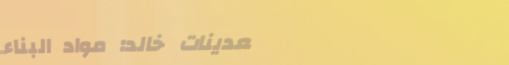
تعدينات خالد: مواد البناء